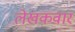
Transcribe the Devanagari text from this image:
लेखकवार